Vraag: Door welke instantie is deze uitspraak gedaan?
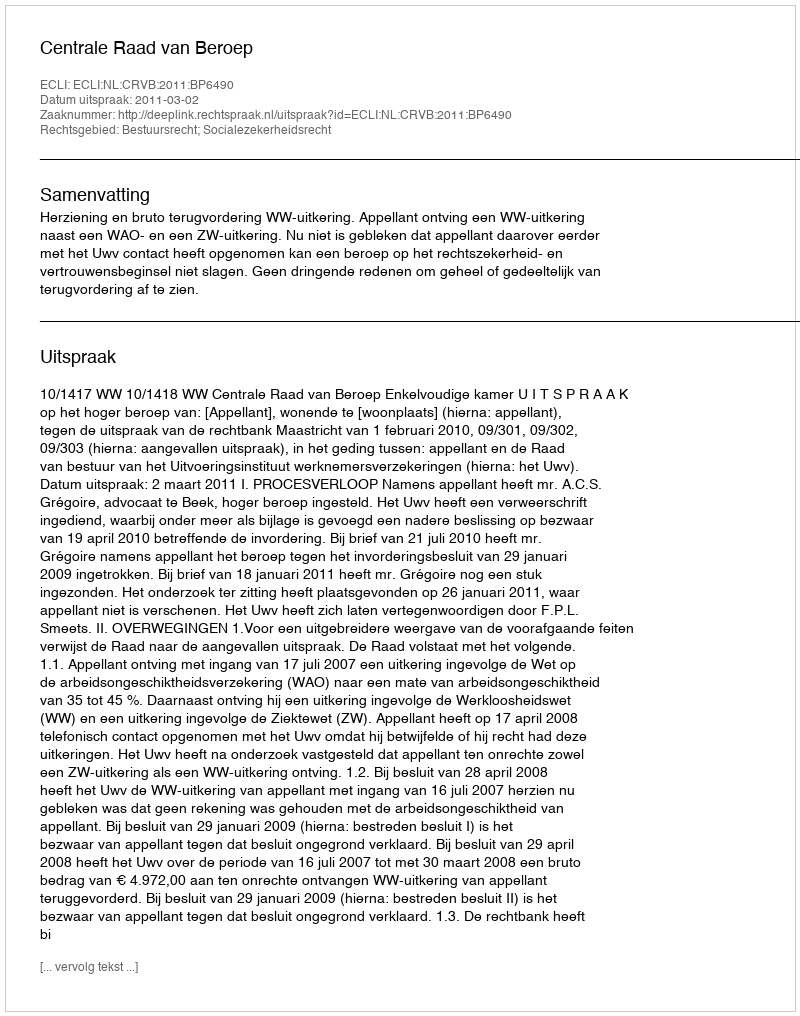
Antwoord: Centrale Raad van Beroep